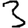
Digit: 3